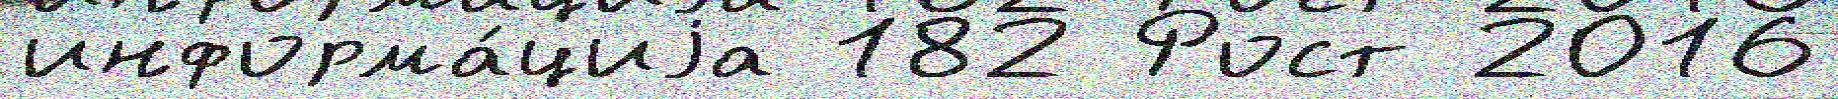
информа́циjа 182 Рост 2016